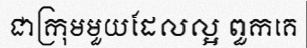
ជាក្រុមមួយដែលល្អ ពួកគេ